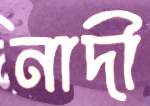
নাদী